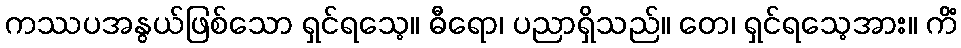
ကဿပအနွယ်ဖြစ်သော ရှင်ရသေ့။ ဓီရော၊ ပညာရှိသည်။ တေ၊ ရှင်ရသေ့အား။ ကိံ